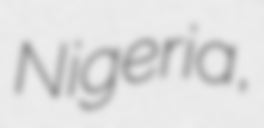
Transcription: Nigeria,